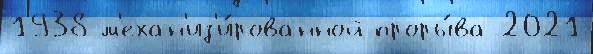
1938 м'ехан'из'и́рованной проры́ва 2021